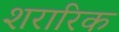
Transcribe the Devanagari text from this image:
शरारिक